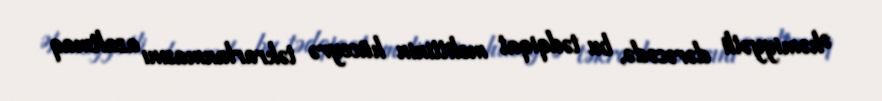
Əhəmiyyətli dərəcədə, bu tədqiqat melittinin hüceyrə təkrarlanmasını azaltmaq